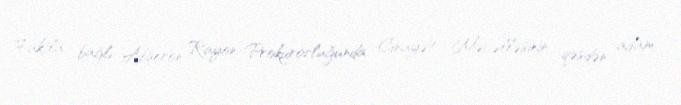
Faktla bağlı Abşeron Rayon Prokurorluğunda Cinayət Məcəlləsinin qəsdən adam